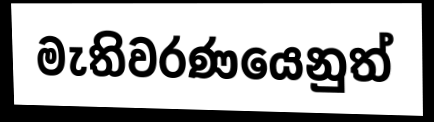
මැතිවරණයෙනුත්